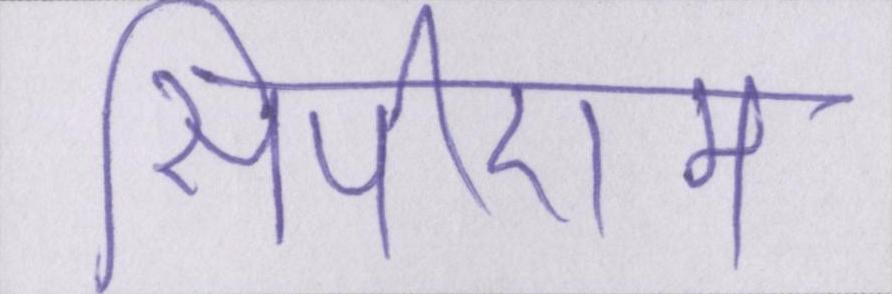
सीपीएम